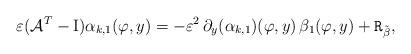
LaTeX: \begin{align*}\varepsilon(\mathcal{A}^T-\mathrm{I})\alpha_{k, 1}(\varphi, y)=-\varepsilon^2\,\partial_y (\alpha_{k, 1})(\varphi, y)\,\beta_1(\varphi, y)+\mathtt{R}_{\tilde{\beta}},\end{align*}